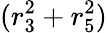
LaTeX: (r_{3}^{2}+r_{5}^{2})